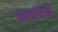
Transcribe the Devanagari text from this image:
कलशांची